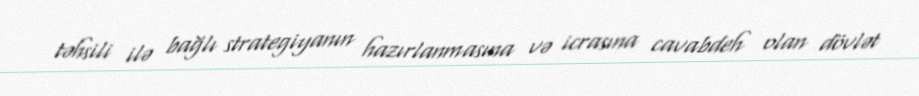
təhsili ilə bağlı strategiyanın hazırlanmasına və icrasına cavabdeh olan dövlət